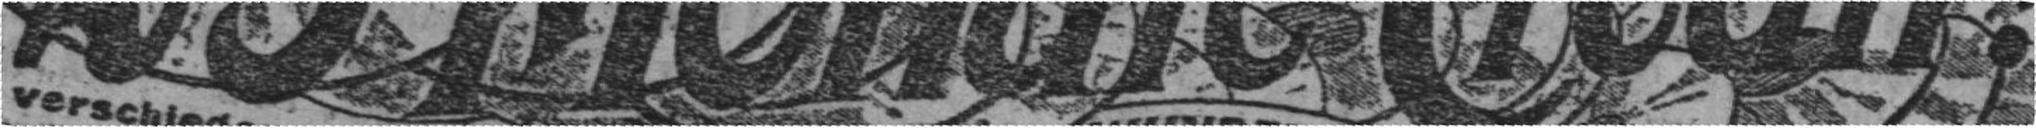
25 Monate Credit!